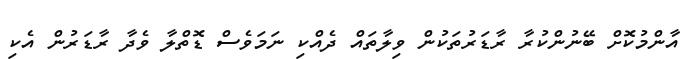
އާންމުކޮށް ބޭނުންކުރާ ރާޑަރުތަކުން ވިލާތައް ދެއްކި ނަމަވެސް ޑޮތްލާ ވެދާ ރާޑަރުން އެކި